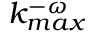
k _ { m a x } ^ { - \omega }